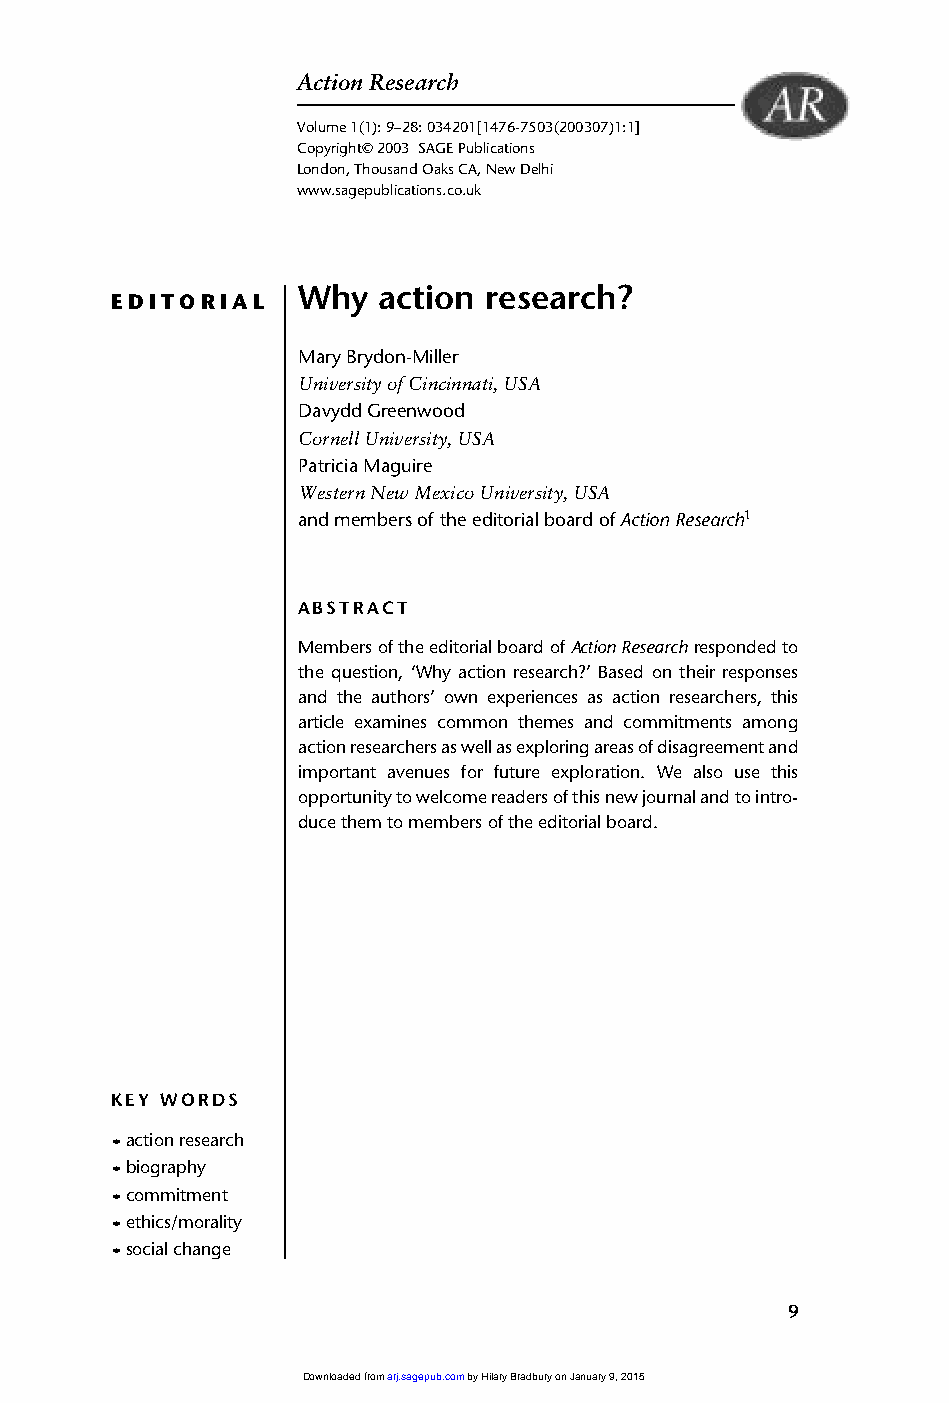
01_ARJ 1/1 16/6/03 9:37 am Page 9
 Action Research
 Volume 1(1): 9–28: 034201[1476-7503(200307)1:1]
 Copyright© 2003 SAGE Publications
 London, Thousand Oaks CA, New Delhi
 www.sagepublications.co.uk
 Why   action research?
 EDITORIAL
 Mary Brydon-Miller
 University of Cincinnati, USA
 Davydd Greenwood
 Cornell University, USA
 Patricia Maguire
 Western New Mexico University, USA
 and members of the editorial board ofAction Research1
 ABSTRACT
 Members of the editorial board of Action Researchresponded to
 the question, ‘Why action research?’ Based on their responses
 and the authors’ own experiences as action researchers, this
 article examines common themes and commitments among
 action researchers as well as exploring areas of disagreement and
 important avenues for future exploration. We also use this
 opportunity to welcome readers of this new journal and to intro-
 duce them to members of the editorial board.
 KEY WORDS
 •action research
 •biography
 •commitment
 •ethics/morality
 •social change
 9
 Downloaded from arj.sagepub.com by Hilary Bradbury on January 9, 2015